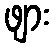
ဖျား